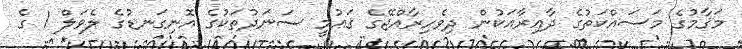
މަޤާމުގެ މަސައްކަތުގެ ދާއިރާއަކުން ދިވެހިރާއްޖޭގެ ޤަޢުމީ ސަނަދުތަކުގެ އޮނިގަނޑުގެ ލެވަލް 1 ގެ